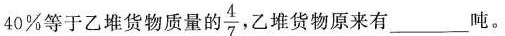
40%等于乙堆货物质量的 \frac{4}{7} ，乙堆货物原来有___吨。